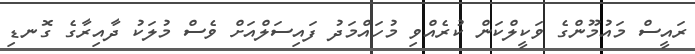
ރައީސް މައުމޫންގެ ވަކީލްކަން ކުރެއްވި މުހައްމަދު ފައިސަލްއަށް ވެސް މުލަކު ދާއިރާގެ ގޮނޑި